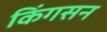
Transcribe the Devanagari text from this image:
किंगसन